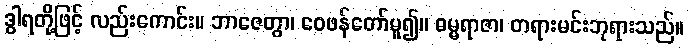
ဒွါရတို့ဖြင့် လည်းကောင်း။ ဘာဇေတွာ၊ ဝေဖန်တော်မူ၍။ ဓမ္မရာဇာ၊ တရားမင်းဘုရားသည်။